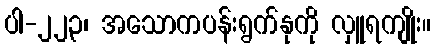
ပါ-၂၂၃၊ အသောကပန်းရွက်နုကို လှူရကျိုး။